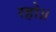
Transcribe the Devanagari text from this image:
रहो॥